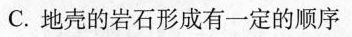
C.地壳的岩石形成有一定的顺序